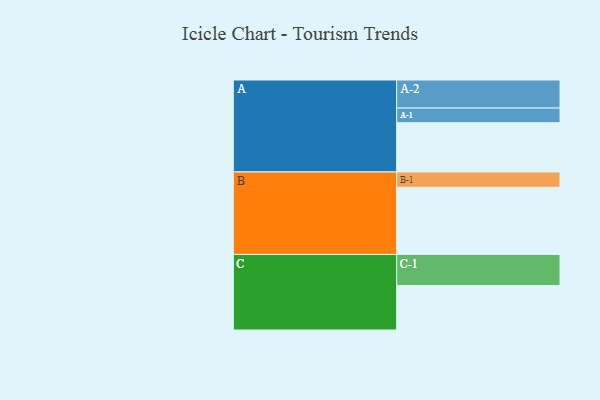
{"axis": {"x": "Segment", "y": "Value"}, "legend": ["", "A", "B", "C"], "data": [{"x": "A", "y": 423, "type": ""}, {"x": "B", "y": 577, "type": ""}, {"x": "C", "y": 382, "type": ""}, {"x": "A-1", "y": 126, "type": "A"}, {"x": "A-2", "y": 241, "type": "A"}, {"x": "B-1", "y": 132, "type": "B"}, {"x": "C-1", "y": 267, "type": "C"}]}